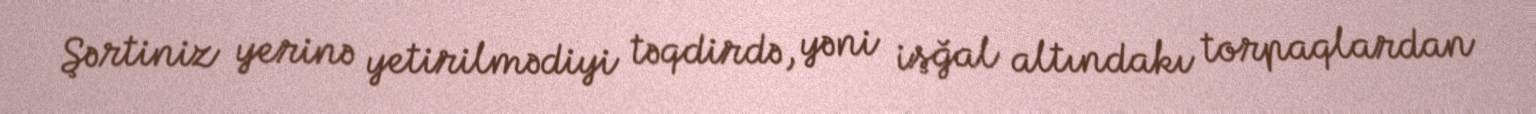
Şərtiniz yerinə yetirilmədiyi təqdirdə, yəni işğal altındakı torpaqlardan